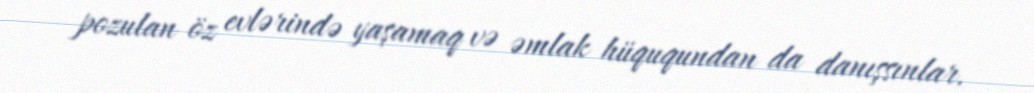
pozulan öz evlərində yaşamaq və əmlak hüququndan da danışsınlar.